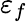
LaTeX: \varepsilon_{f}